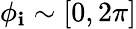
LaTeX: \phi_{\mathbf{i}}\sim[0,2\pi]